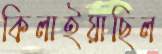
কিলাইয়াছিল